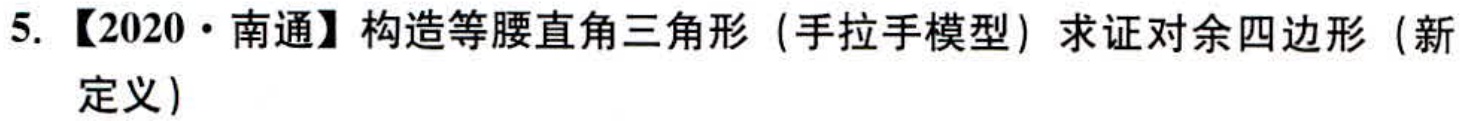
5. 【2020·南通】构造等腰直角三角形（手拉手模型）求证对余四边形（新定义）